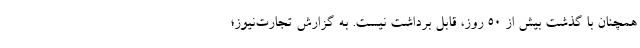
همچنان با گذشت بیش از ۵۰ روز، قابل برداشت نیست. به گزارش تجارت‌نیوز؛